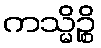
ကသ္မိဉ္စိ